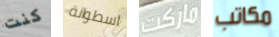
كنت اسطوانة ماركت مكاتب